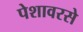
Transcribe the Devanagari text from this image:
पेशावरसे